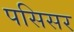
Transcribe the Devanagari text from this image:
पसिसर